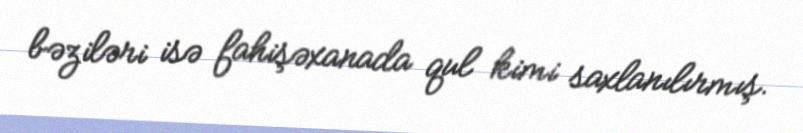
bəziləri isə fahişəxanada qul kimi saxlanılırmış.